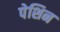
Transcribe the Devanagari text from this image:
पेशिन